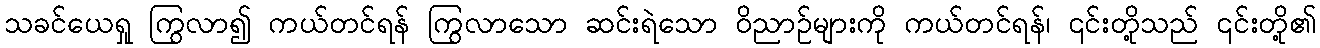
သခင်ယေရှု ကြွလာ၍ ကယ်တင်ရန် ကြွလာသော ဆင်းရဲသော ဝိညာဉ်များကို ကယ်တင်ရန်၊ ၎င်းတို့သည် ၎င်းတို့၏